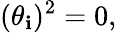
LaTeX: (\theta_{\mathbf{i}})^{2}=0,